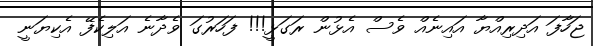
ޖަހާފަ އަދިރިއްޔާ އައިނެއް ވެސް އެޅުން ރަގަޅީ!!! ފަހަރުގަ ވެދާނެ އަލިކެފޭ އެކިޔަނީ